Civil Veterinary Department. United Provinces 1912-22 - 1912-1922
Year: 1912
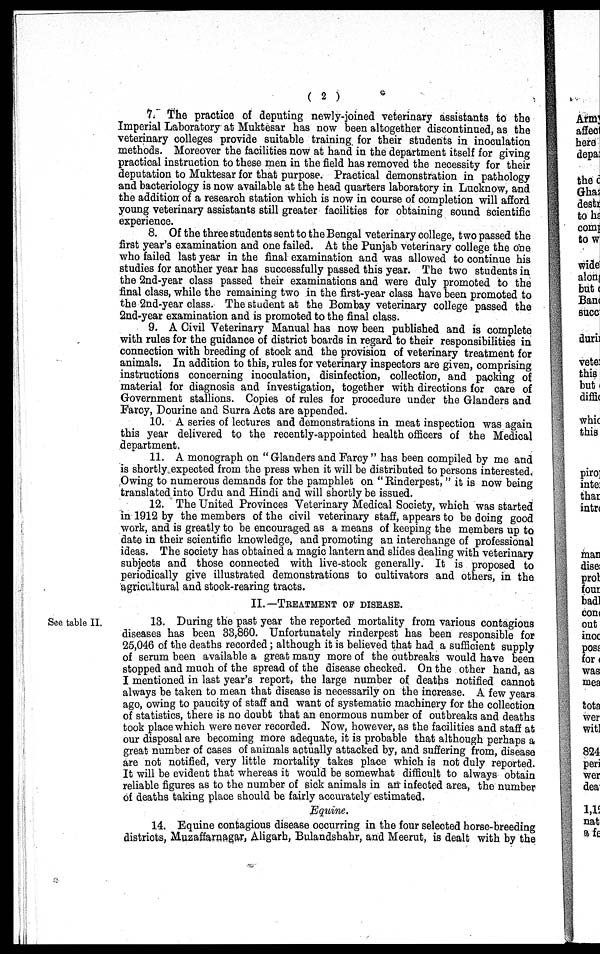
( 2 )
7. The practice of deputing newly-joined veterinary assistants to the
Imperial Laboratory at Muktesar has now been altogether discontinued, as the
veterinary colleges provide suitable training for their students in inoculation
methods. Moreover the facilities now at hand in the department itself for giving
practical instruction to these men in the field has removed the necessity for their
deputation to Muktesar for that purpose. Practical demonstration in pathology
and bacteriology is now available at the head quarters laboratory in Lucknow, and
the addition of a research station which is now in course of completion will afford
young veterinary assistants still greater facilities for obtaining sound scientific
experience.
8. Of the three students sent to the Bengal veterinary college, two passed the
first year's examination and one failed. At the Punjab veterinary college the one
who failed last year in the final examination and was allowed to continue his
studies for another year has successfully passed this year. The two students in
the 2nd-year class passed their examinations and were duly promoted to the
final class, while the remaining two in the first-year class have been promoted to
the 2nd-year class. The student at the Bombay veterinary college passed the
2nd-year examination and is promoted to the final class.
9. A Civil Veterinary Manual has now been published and is complete
with rules for the guidance of district boards in regard to their responsibilities in
connection with breeding of stock and the provision of veterinary treatment for
animals. In addition to this, rules for veterinary inspectors are given, comprising
instructions concerning inoculation, disinfection, collection, and packing of
material for diagnosis and investigation, together with directions for care of
Government stallions. Copies of rules for procedure under the Glanders and
Farcy, Dourine and Surra Acts are appended.
10. A series of lectures and demonstrations in meat inspection was again
this year delivered to the recently-appointed health officers of the Medical
department.
11. A monograph on "Glanders and Farcy" has been compiled by me and
is shortly expected from the press when it will be distributed to persons interested.
Owing to numerous demands for the pamphlet on "Rinderpest," it is now being
translated into Urdu and Hindi and will shortly be issued.
12. The United Provinces Veterinary Medical Society, which was started
in 1912 by the members of the civil veterinary staff, appears to be doing good
work, and is greatly to be encouraged as a means of keeping the members up to
date in their scientific knowledge, and promoting an interchange of professional
ideas. The society has obtained a magic lantern and slides dealing with veterinary
subjects and those connected with live-stock generally. It is proposed to
periodically give illustrated demonstrations to cultivators and others, in the
agricultural and stock-rearing tracts.
II.—TREATMENT OF DISEASE.
See table II.
13. During the past year the reported mortality from various contagious
diseases has been 33,860. Unfortunately rinderpest has been responsible for
25,046 of the deaths recorded; although it is believed that had a sufficient supply
of serum been available a great many more of the outbreaks would have been
stopped and much of the spread of the disease checked. On the other hand, as
I mentioned in last year's report, the large number of deaths notified cannot
always be taken to mean that disease is necessarily on the increase. A few years
ago, owing to paucity of staff and want of systematic machinery for the collection
of statistics, there is no doubt that an enormous number of outbreaks and deaths
took place which were never recorded. Now, however, as the facilities and staff at
our disposal are becoming more adequate, it is probable that although perhaps a
great number of cases of animals actually attacked by, and suffering from, disease
are not notified, very little mortality takes place which is not duly reported.
It will be evident that whereas it would be somewhat difficult to always obtain
reliable figures as to the number of sick animals in an infected area, the number
of deaths taking place should be fairly accurately estimated.
Equine.
14. Equine contagious disease occurring in the four selected horse-breeding
districts, Muzaffarnagar, Aligarh, Bulandshahr, and Meerut, is dealt with by the